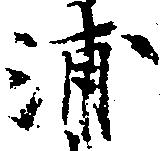
浦